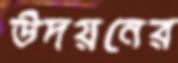
উদয়নের